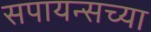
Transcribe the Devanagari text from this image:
सपायन्सच्या